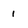
Character: 1